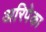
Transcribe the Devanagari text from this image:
अरिपेका